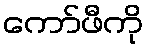
ကော်ဖီကို